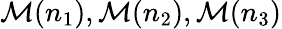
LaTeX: {\cal M}(n_{1}),{\cal M}(n_{2}),{\cal M}(n_{3})